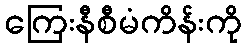
ကြေးနီစီမံကိန်းကို